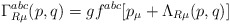
\begin{align*}\Gamma _{R\mu }^{abc}(p,q)=gf^{abc}[p_\mu +\Lambda _{R\mu }(p,q)]\end{align*}